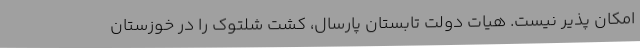
امکان پذیر نیست. هیات دولت تابستان پارسال، کشت شلتوک را در خوزستان